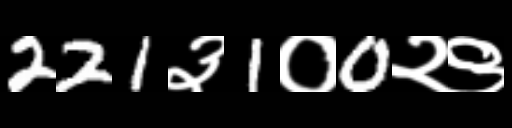
Text: 221३1०0२९